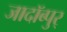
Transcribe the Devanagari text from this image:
जादॉब्पुर्